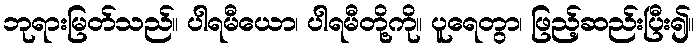
ဘုရားမြတ်သည်။ ပါရမီယော၊ ပါရမီတို့ကို။ ပူရေတွာ၊ ဖြည့်ဆည်းပြီး၍။